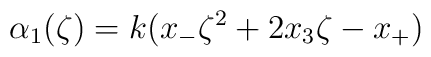
\alpha_{1}(\zeta)=k(x_{-}\zeta^{2}+2x_{3}\zeta -x_{+})